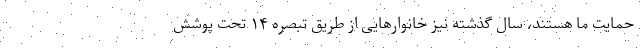
حمایت ما هستند، سال گذشته نیز خانوارهایی از طریق تبصره ۱۴ تحت پوشش